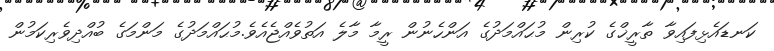
ކަނޑައެޅިފައިވާ ތާރީޚްގެ ކުރިން މުޙައްމަދުގެ އަންހެނުން ރީމާ މާލެ އަތުވެއްޖެއެވެ.މުޙައްމަދުގެ މަންމަގެ ބުއްދިވެރިކަމުން